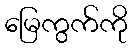
မြေကွက်ကို